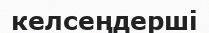
келсеңдерші